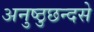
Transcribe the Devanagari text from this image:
अनुष्ठुछन्दसे